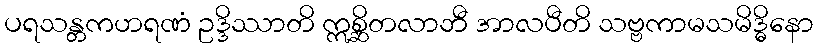
ပရသန္တကဟရဏံ ဥဒ္ဒိဿာတိ ဣစ္ဆိတလာဘီ အာလပီတိ သဗ္ဗကာမသမိဒ္ဓိနော